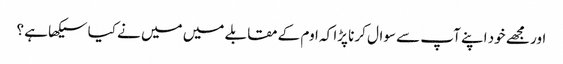
اور مجھے خود اپنے آپ سے سوال کرنا پڑا کہ اوم کے مقابلے میں میں نے کیا سیکھا ہے ؟